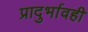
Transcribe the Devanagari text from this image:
प्रादुर्भावही